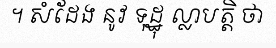
។ សំដែង នូវ ទុដ្ឋុ ល្លាបត្តិ ថា